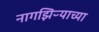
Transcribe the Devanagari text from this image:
नागझिऱ्याच्या